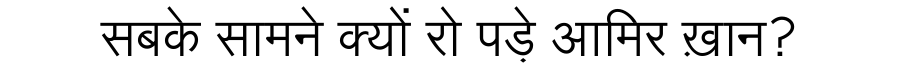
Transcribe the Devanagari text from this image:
सबके सामने क्यों रो पड़े आमिर ख़ान?